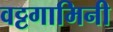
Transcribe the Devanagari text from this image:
वट्टगामिनी